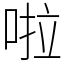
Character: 啦